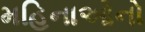
મહિનાઓનો